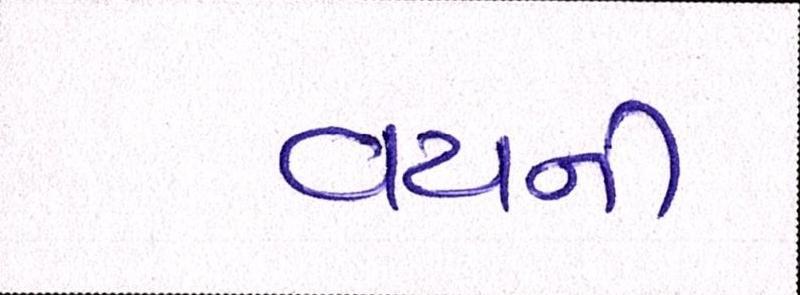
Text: વયની